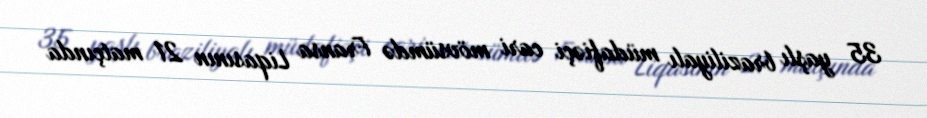
35 yaşlı braziliyalı müdafiəçi cari mövsümdə Fransa Liqasının 21 matçında